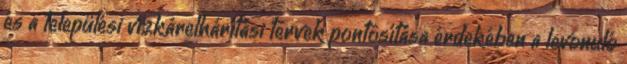
és a települési vízkárelhárítási tervek pontosítása érdekében a levonuló